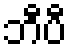
ဘီပီ